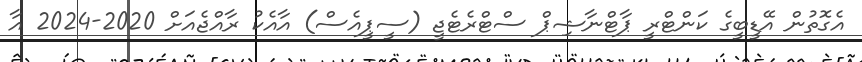
އެގޮތުން އޭޑީބީގެ ކަންޓްރީ ޕާޓްނާޝިޕް ސްޓްރެޓެޖީ (ސީޕީއެސް) އާއެކު ރާއްޖެއަށް 2020-2024 އާ